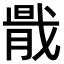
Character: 𢧠